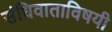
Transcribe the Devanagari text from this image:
संधिवाताविषयी